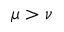
\mu > \nu